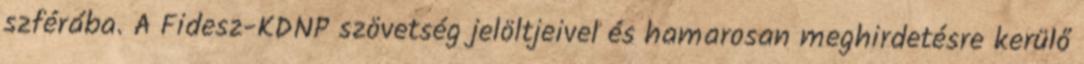
szférába. A Fidesz-KDNP szövetség jelöltjeivel és hamarosan meghirdetésre kerülő